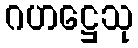
ဂဟဋ္ဌေသု